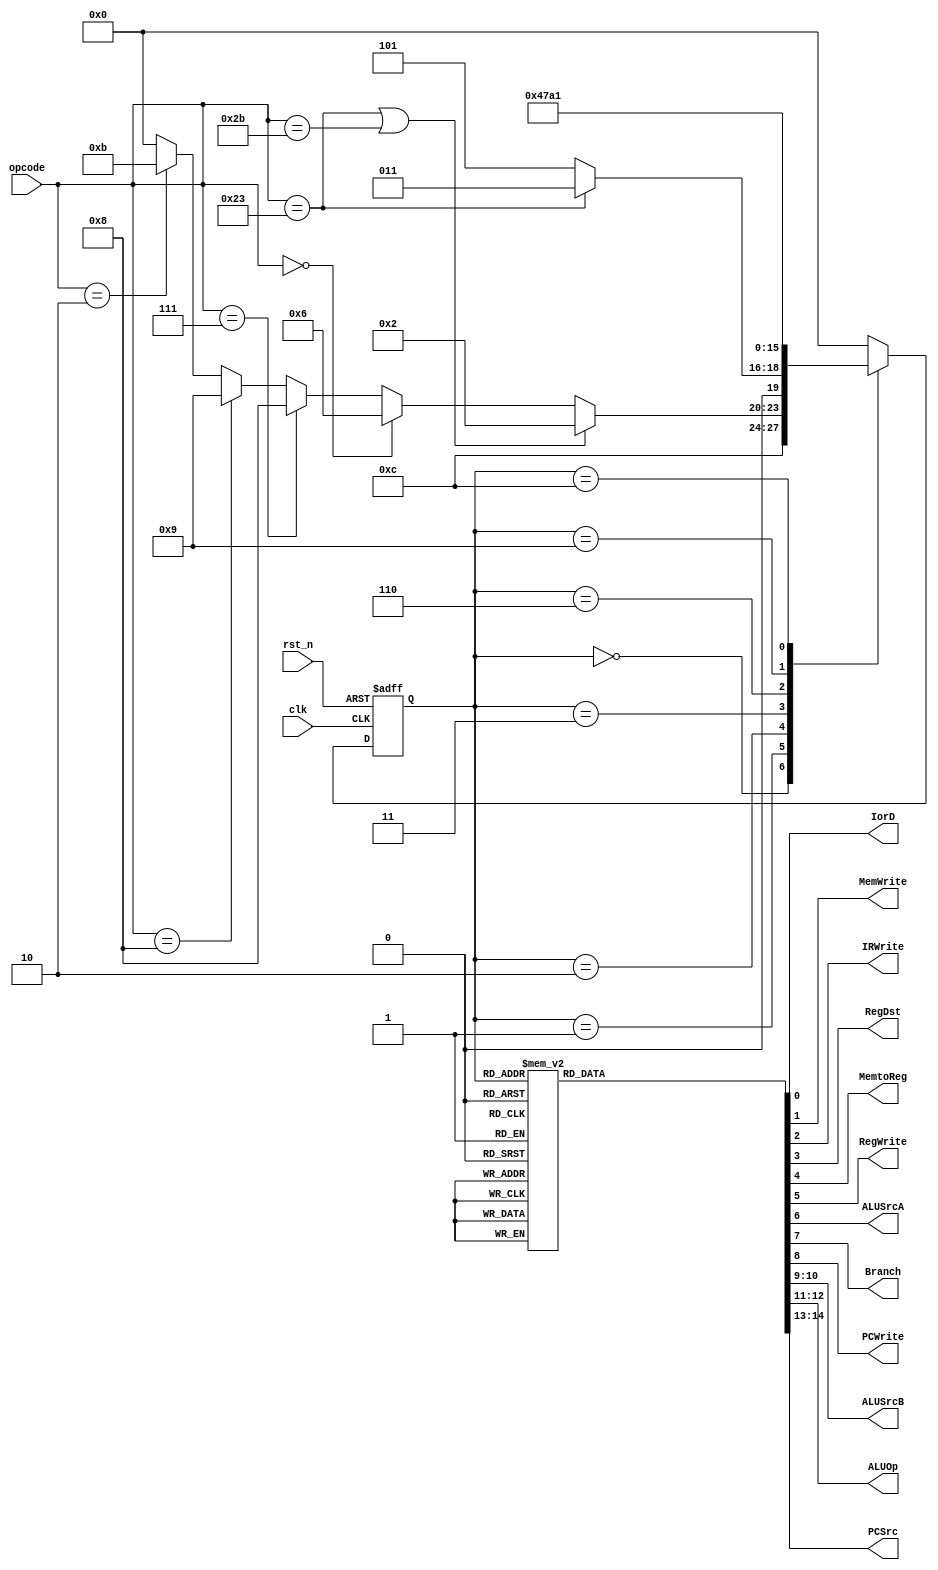
module Control(
	clk, rst_n, opcode,
	IorD, MemWrite, IRWrite, RegDst, MemtoReg, RegWrite, ALUSrcA, Branch, PCWrite,
	ALUSrcB,ALUOp, PCSrc
   );
	input clk, rst_n;
	input [5:0] opcode;
	output reg IorD, MemWrite, IRWrite, RegDst, MemtoReg, RegWrite, ALUSrcA, Branch, PCWrite;
	output reg [1:0] ALUSrcB, ALUOp, PCSrc;
	
	reg [3:0] cur_state, next_state;
	
	always@(posedge clk or negedge rst_n) begin
		if(~rst_n) begin
			cur_state <= 0;
		end else begin
			cur_state <= next_state;
		end
	end
	
	always@(*)
	begin
		case(cur_state)
			0:
			begin
				IorD=0;
				MemWrite=0;
				IRWrite=0;
				RegDst=0;
				MemtoReg=0;
				RegWrite=0;
				ALUSrcA=0;
				Branch=0;
				PCWrite=0;
				ALUSrcB=0;
				ALUOp=0;
				PCSrc=0;
			end
			1:
			begin
				IorD=0;
				MemWrite=0;
				IRWrite=0;
				RegDst=0;
				MemtoReg=0;
				RegWrite=0;
				ALUSrcA=0;
				Branch=0;
				PCWrite=0;
				ALUSrcB=3;
				ALUOp=0;
				PCSrc=0;
			end
			2:
			begin
				IorD=0;
				MemWrite=0;
				IRWrite=0;
				RegDst=0;
				MemtoReg=0;
				RegWrite=0;
				ALUSrcA=1;
				Branch=0;
				PCWrite=0;
				ALUSrcB=2;
				ALUOp=0;
				PCSrc=0;
			end
			3:
			begin
				IorD=1;
				MemWrite=0;
				IRWrite=0;
				RegDst=0;
				MemtoReg=0;
				RegWrite=0;
				ALUSrcA=0;
				Branch=0;
				PCWrite=0;
				ALUSrcB=0;
				ALUOp=0;
				PCSrc=0;
			end
			4:
			begin
				IorD=0;
				MemWrite=0;
				IRWrite=0;
				RegDst=0;
				MemtoReg=1;
				RegWrite=1;
				ALUSrcA=0;
				Branch=0;
				PCWrite=0;
				ALUSrcB=0;
				ALUOp=0;
				PCSrc=0;
			end
			5:
			begin
				IorD=1;
				MemWrite=1;
				IRWrite=0;
				RegDst=0;
				MemtoReg=0;
				RegWrite=0;
				ALUSrcA=0;
				Branch=0;
				PCWrite=0;
				ALUSrcB=0;
				ALUOp=0;
				PCSrc=0;
			end
			6:
			begin
				IorD=0;
				MemWrite=0;
				IRWrite=0;
				RegDst=0;
				MemtoReg=0;
				RegWrite=0;
				ALUSrcA=1;
				Branch=0;
				PCWrite=0;
				ALUSrcB=0;
				ALUOp=2;
				PCSrc=0;
			end
			7:
			begin
				IorD=0;
				MemWrite=0;
				IRWrite=0;
				RegDst=1;
				MemtoReg=0;
				RegWrite=1;
				ALUSrcA=0;
				Branch=0;
				PCWrite=0;
				ALUSrcB=0;
				ALUOp=0;
				PCSrc=0;
			end
			8:
			begin
				IorD=0;
				MemWrite=0;
				IRWrite=0;
				RegDst=0;
				MemtoReg=0;
				RegWrite=0;
				ALUSrcA=1;
				Branch=1;
				PCWrite=0;
				ALUSrcB=0;
				ALUOp=1;
				PCSrc=1;
			end
			9:
			begin
				IorD=0;
				MemWrite=0;
				IRWrite=0;
				RegDst=0;
				MemtoReg=0;
				RegWrite=0;
				ALUSrcA=1;
				Branch=0;
				PCWrite=0;
				ALUSrcB=2;
				ALUOp=0;
				PCSrc=0;
			end
			10:
			begin
				IorD=0;
				MemWrite=0;
				IRWrite=0;
				RegDst=0;
				MemtoReg=0;
				RegWrite=1;
				ALUSrcA=0;
				Branch=0;
				PCWrite=0;
				ALUSrcB=0;
				ALUOp=0;
				PCSrc=0;
			end
			11:
			begin
				IorD=0;
				MemWrite=0;
				IRWrite=0;
				RegDst=0;
				MemtoReg=0;
				RegWrite=0;
				ALUSrcA=0;
				Branch=0;
				PCWrite=1;
				ALUSrcB=0;
				ALUOp=0;
				PCSrc=2;
			end
			12:
			begin // wait mem
				IorD=0;
				MemWrite=0;
				IRWrite=1;
				RegDst=0;
				MemtoReg=0;
				RegWrite=0;
				ALUSrcA=0;
				Branch=0;
				PCWrite=1;
				ALUSrcB=1;
				ALUOp=0;
				PCSrc=0;
			end
			default:
			begin
				IorD=0;
				MemWrite=0;
				IRWrite=0;
				RegDst=0;
				MemtoReg=0;
				RegWrite=0;
				ALUSrcA=0;
				Branch=0;
				PCWrite=0;
				ALUSrcB=0;
				ALUOp=0;
				PCSrc=0;
			end
		endcase
	end

	parameter	OP_RTYPE = 6'h0;
	parameter	OP_ADDI = 6'h8;
	parameter	OP_LW   = 6'h23;
	parameter	OP_SW   = 6'h2b;
	parameter	OP_ADD  = 6'h0;
	parameter	OP_BGTZ = 6'h7;
	parameter	OP_J    = 6'h2;
	
	always@(*)
	begin
		case(cur_state)
			0: next_state = 12; //wait mem
			1:
			begin
				if(opcode == OP_LW || opcode == OP_SW) next_state = 2;
				else if(opcode == OP_RTYPE) next_state = 6;
				else if(opcode == OP_BGTZ) next_state = 8;
				else if(opcode == OP_ADDI) next_state = 9;
				else if(opcode == OP_J) next_state = 11;
				else next_state = 0;
			end
			2:
			begin
				if(opcode == OP_LW) next_state = 3;
				else next_state = 5;
			end
			3: next_state = 4;
			6: next_state = 7;
			9: next_state = 10;
			12: next_state = 1;
			default: next_state = 0;
		endcase
	end

endmodule